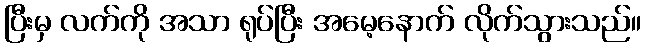
ပြီးမှ လက်ကို အသာ ရုပ်ပြီး အမေ့နောက် လိုက်သွားသည်။